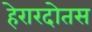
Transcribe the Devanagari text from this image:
हेरारदोतस